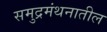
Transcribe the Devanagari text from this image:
समुद्रमंथनातील